Report of the King Institute of Preventive Medicine, Guindy
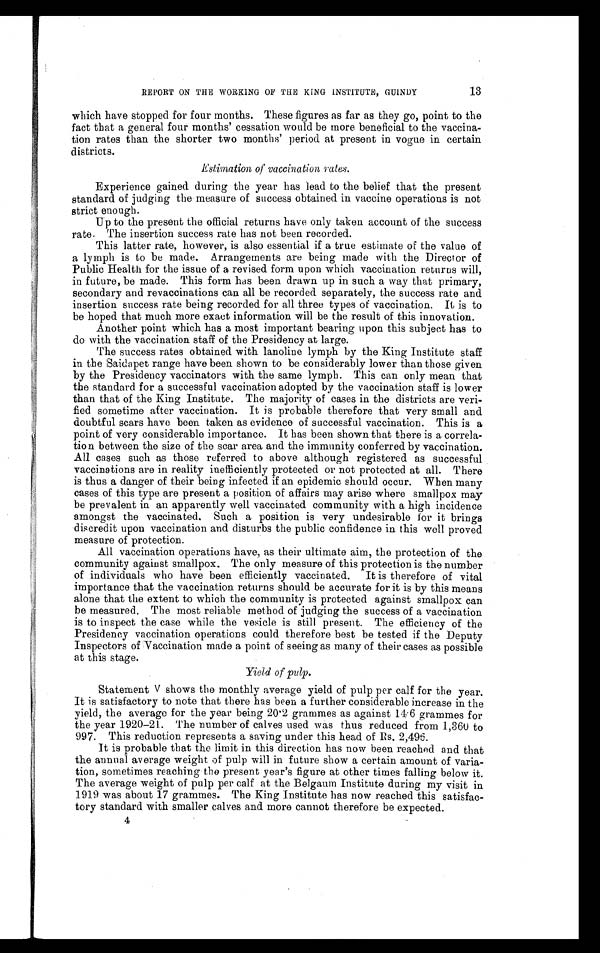
13
REPORT ON THE WORKING OF THE KING INSTITUTE, GUINDY
which have stopped for four months. These figures as far as they go, point to the
fact that a general four months' cessation would be more beneficial to the vaccina-
tion rates than the shorter two months' period at present in vogue in certain
districts.
Estimation of vaccination rates.
Experience gained during the year has lead to the belief that the present
standard of judging the measure of success obtained in vaccine operations is not
strict enough.
Up to the present the official returns have only taken account of the success
rate. The insertion success rate has not been recorded.
This latter rate, however, is also essential if a true estimate of the value of
a lymph is to be made. Arrangements are being made with the Director of
Public Health for the issue of a revised form upon which vaccination returns will,
in future, be made. This form has been drawn up in such a way that primary,
secondary and revaccinations can all be recorded separately, the success rate and
insertion success rate being recorded for all. three types of vaccination. It is to
be hoped that much more exact information will be the result of this innovation.
Another point which has a most important bearing upon this subject has to
do with the vaccination staff of the Presidency at large.
The success rates obtained with lanoline lymph by the King Institute staff
in the Saidapet range have been shown to be considerably lower than those given
by the Presidency vaccinators with the same lymph. This can only mean that
the standard for a successful vaccination adopted by the vaccination staff is lower
than that of the King Institute. The majority of cases in the districts are veri-
fied sometime after vaccination. It is probable therefore that very small and
doubtful scars have been taken as evidence of successful vaccination. This is a
point of very considerable importance. It has been shown that there is a correla-
tion between the size of the scar area and the immunity conferred by vaccination.
All cases such as those referred to above although registered as successful
vaccinations are in reality inefficiently protected or not protected at all. There
is thus a danger of their being infected if an epidemic should occur. When many
cases of this type are present a position of affairs may arise where smallpox may
be prevalent in an apparently well vaccinated community with a high incidence
amongst the vaccinated. Such a position is very undesirable for it brings
discredit upon vaccination and disturbs the public confidence in this well proved
measure of protection.
All vaccination operations have, as their ultimate aim, the protection of the
community against smallpox. The only measure of this protection is the number
of individuals who have been efficiently vaccinated. It is therefore of vital
importance that the vaccination returns should be accurate for it is by this means
alone that the extent to which the community is protected against smallpox can
be measured. The most reliable method of judging the success of a vaccination
is to inspect the case while the vesicle is still present. The efficiency of the
Presidency vaccination operations could therefore best be tested if the Deputy
Inspectors of Vaccination made a point of seeing as many of their cases as possible
at this stage.
Yield of pulp.
Statement V shows the monthly average yield of pulp per calf for the year.
It is satisfactory to note that there has been a further considerable increase in the
yield, the average for the year being 20.2 grammes as against 14.6 grammes for
the year 1920–21. The number of calves used was thus reduced from 1,360 to
997. This reduction represents a saving under this head of
2,496.
It is probable that the limit in this direction has now been reached and that
the annual average weight of pulp will in future show a certain amount of varia-
tion, sometimes reaching the present year's figure at other times falling below it.
The average weight of pulp per calf at the Belgaum Institute during my visit in
1919 was about 17 grammes. The King Institute has now reached this satisfac-
tory standard with smaller calves and more cannot therefore be expected.
4